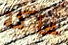
محاكمة